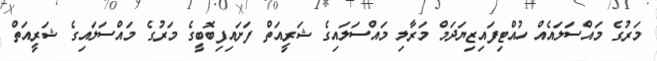
މަރުގެ މައްސަލައެއް ހުއްޓިފައިޒިޔަދަމް މަރާލި މައްސަލައިގެ ޝަރީއަތް ފަށައިފިބޮބީގެ މަރުގެ މައްސަލައިގެ ޝަރީއަތް